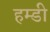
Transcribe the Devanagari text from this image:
हम्डी